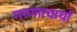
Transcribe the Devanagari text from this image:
गरुणाचार्या